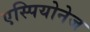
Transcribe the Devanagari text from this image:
एस्पियोनेज